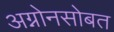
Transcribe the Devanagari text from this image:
अग्नोनसोबत